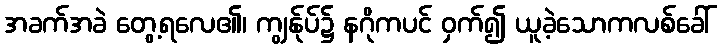
အခက်အခဲ တွေ့ရလေ၏၊ ကျွန်ုပ်၌ နဂိုကပင် ဝှက်၍ ယူခဲ့သောကလစ်ခေါ်